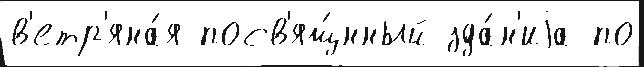
в'етр'яна́я посв'ящ́нный зда́н'иjа по